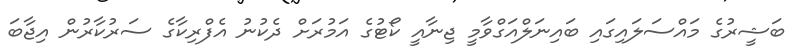
ބަޝީރުގެ މައްސަލައިގައި ބައިނަލްއަގްވާމީ ޖިނާއީ ކޯޓުގެ އަމުރަށް ދެކުނު އެފްރިކާގެ ސަރުކާރުން އިޖާބަ